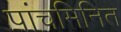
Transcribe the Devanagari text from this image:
पांचमिनित